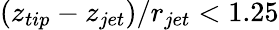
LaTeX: (z_{tip}-z_{jet})/r_{jet}<1.25